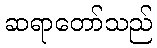
ဆရာတော်သည်